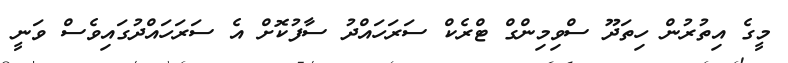
މީގެ އިތުރުން ހިތަދޫ ސްވިމިންގް ޓްރެކް ސަރަހައްދު ސާފުކޮށް އެ ސަރަހައްދުގައިވެސް ވަނީ